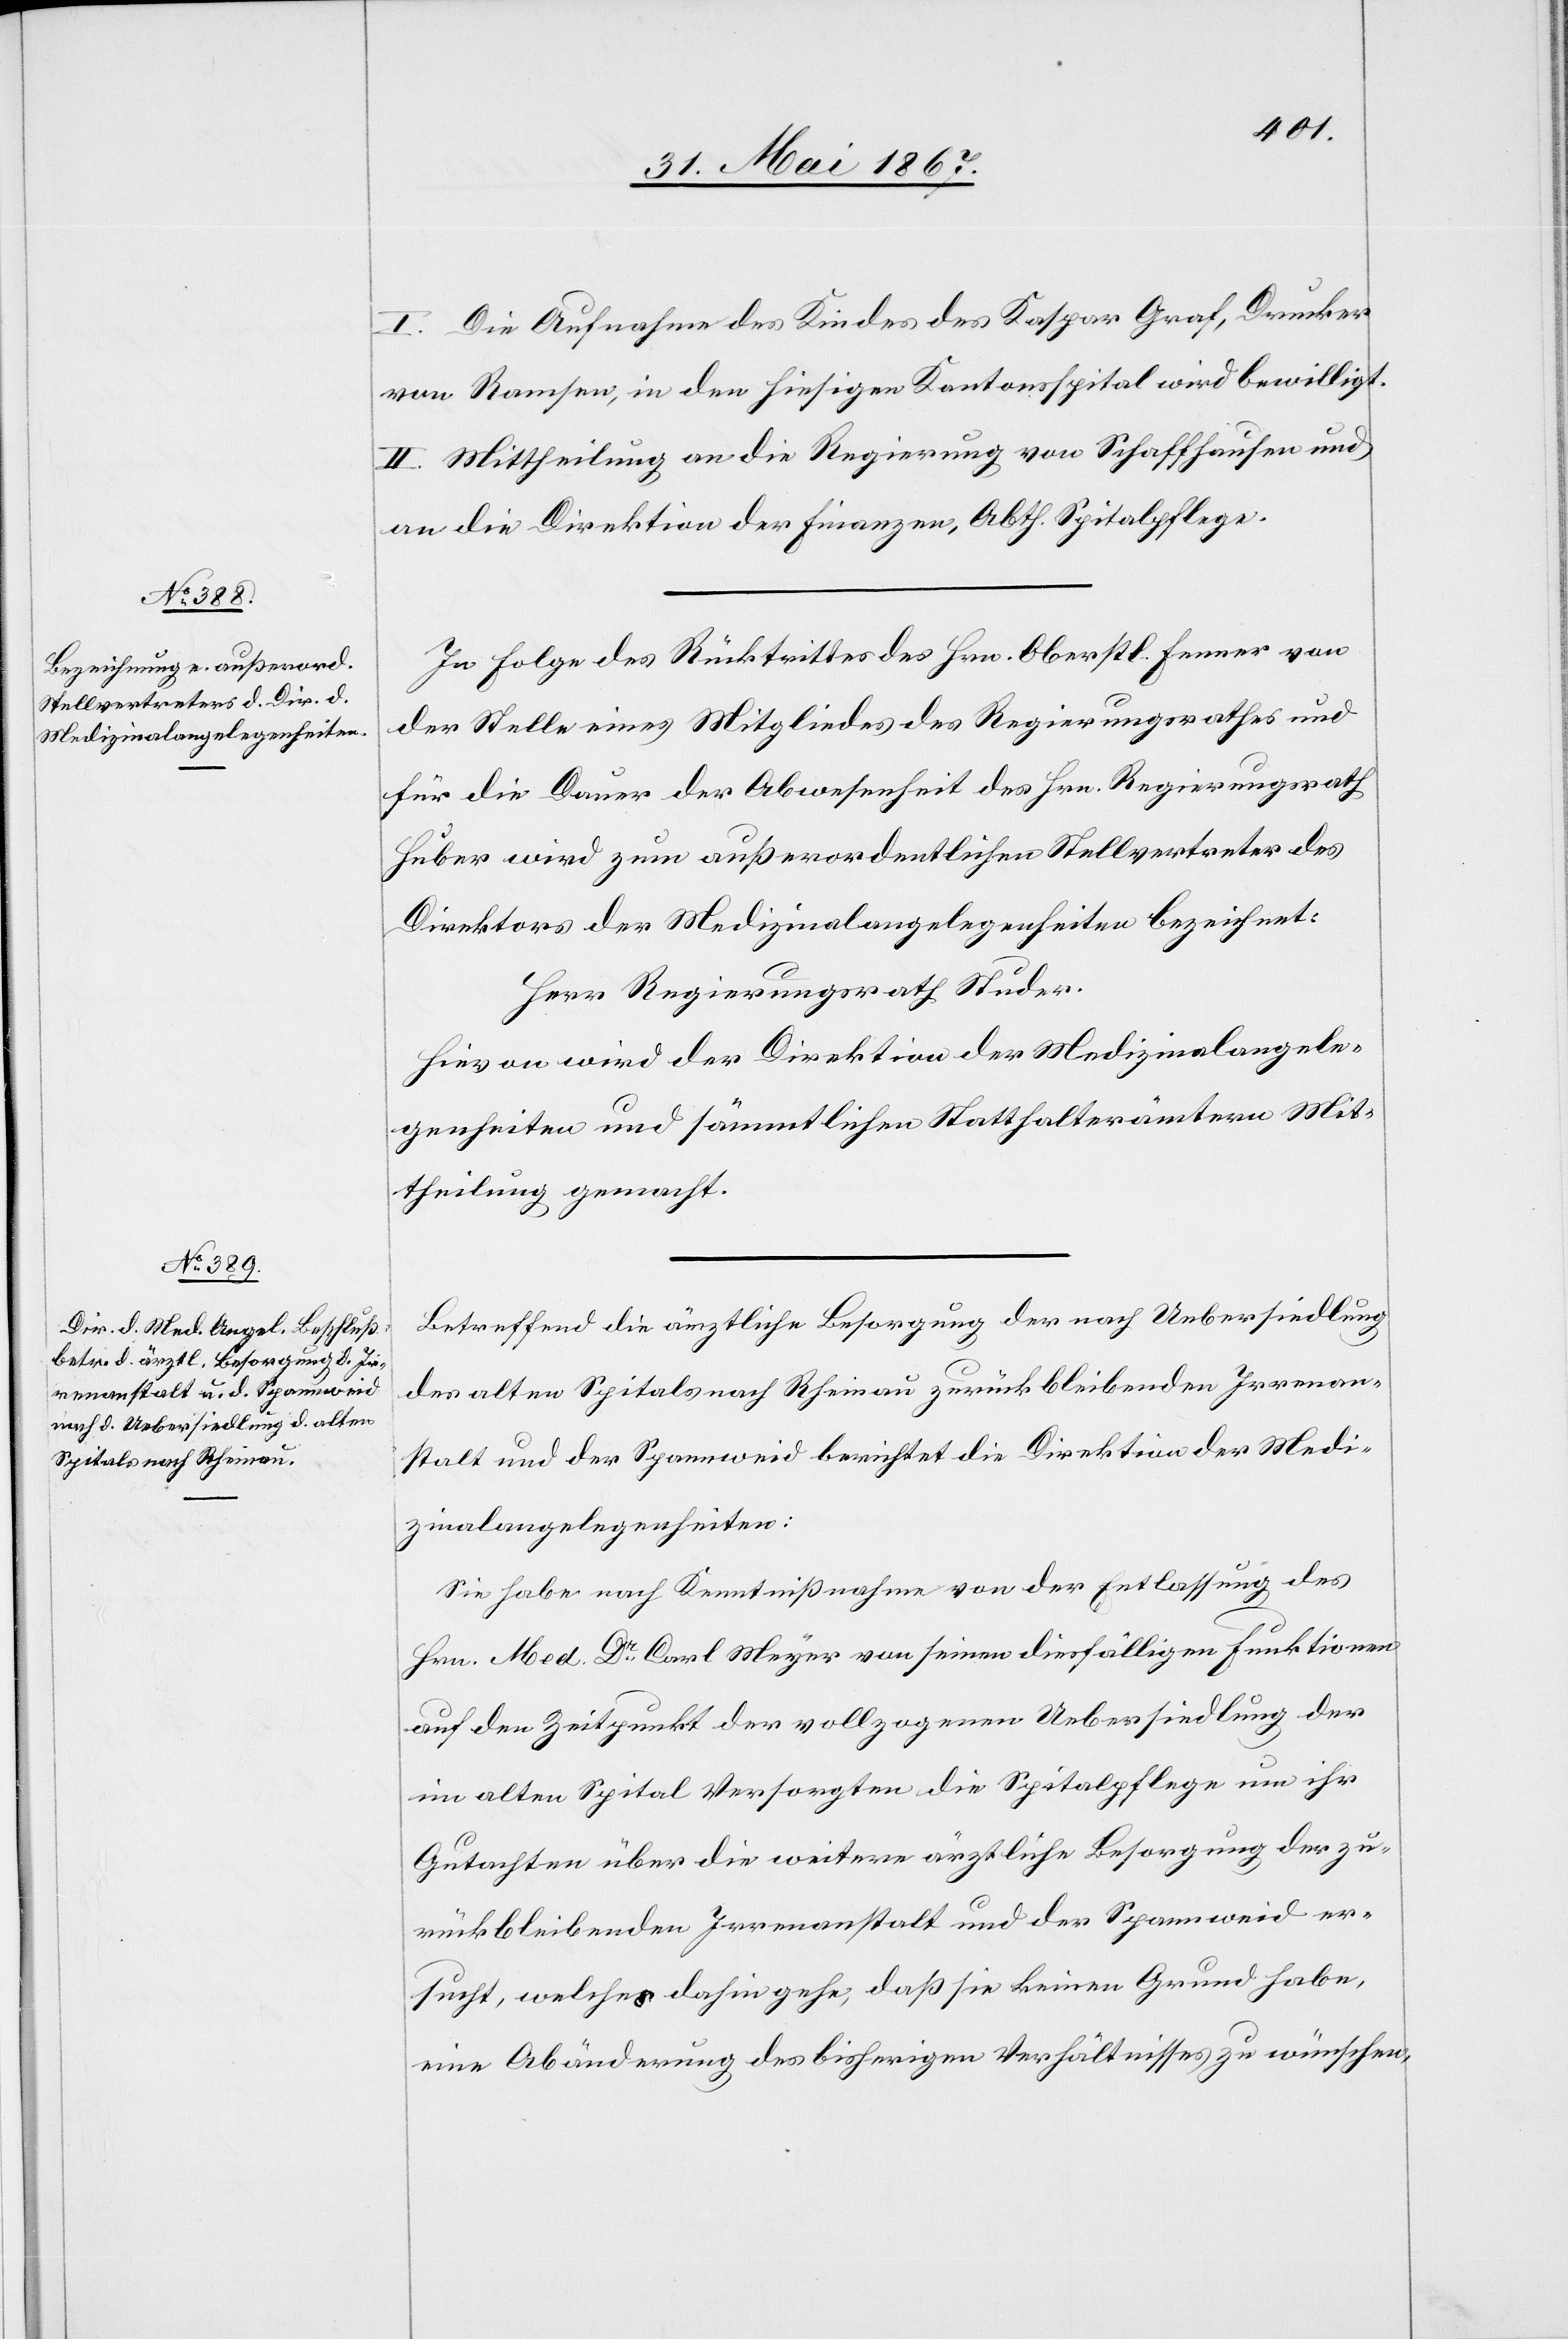
I. Die Aufnahme des Kindes des Kaspar Graf, Drucker
von Ramsen, in den hiesigen Kantonsspital wird bewilligt.
II. Mittheilung an die Regierung von Schaffhausen und
an die Direktion der Finanzen, Abth. Spitalpflege.
In Folge des Rücktrittes des Hrn. Oberstl. Fenner von
der Stelle eines Mitgliedes des Regierungsrathes und
für die Dauer der Abwesenheit des Hrn. Regierungsrath
Huber wird zum außerordentlichen Stellvertreter des
Direktors der Medizinalangelegenheiten bezeichnet:
Herr Regierungsrath Studer.
Hievon wird der Direktion der Medizinalangele¬
genheiten und sämmtlichen Statthalterämtern Mit¬
theilung gemacht.
Betreffend die ärztliche Besorgung der nach Uebersiedlung
des alten Spitals nach Rheinau zurück bleibenden Irrenan¬
stalt und der Spannweid berichtet die Direktion der Medi¬
zinalangelegenheiten:
Sie habe nach Kenntnißnahme von der Entlassung des
Hrn. Med. Dr. Carl Meyer von seinen diesfälligen Funktionen
auf den Zeitpunkt der vollzogenen Uebersiedlung der
im alten Spital Versorgten die Spitalpflege um ihr
Gutachten über die weitere ärztliche Besorgung der zu¬
rückbleibenden Irrenanstalt und der Spannweid er¬
sucht, welche dahin gehe, daß sie keinen Grund habe,
eine Abänderung des bisherigen Verhältnisses zu wünschen,